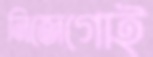
নিজেগোই